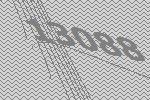
13088